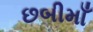
છબીમાઁ